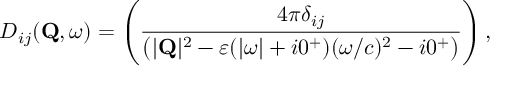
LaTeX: D _ { i j } ( { \bf Q } , \omega ) = \left( { \frac { 4 \pi \delta _ { i j } } { \big ( | { \bf Q } | ^ { 2 } - \varepsilon ( | \omega | + i 0 ^ { + } ) ( \omega / c ) ^ { 2 } - i 0 ^ { + } \big ) } } \right) ,